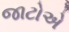
જાટોએ